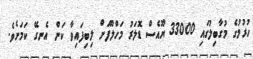
ހުރުމުގެ މުގާބިލުގައި 33000 ޔޫއެސް ޑޮލަރު މަހްލޫފަށް ލިބިފައިވާ ކަން އެނގޭ ކަމަށެވެ.